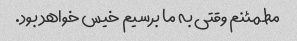
مطمئنم وقتی به ما برسیم خیس خواهد بود.